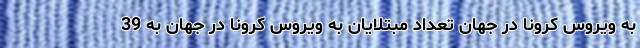
به ویروس کرونا در جهان تعداد مبتلایان به ویروس کرونا در جهان به 39